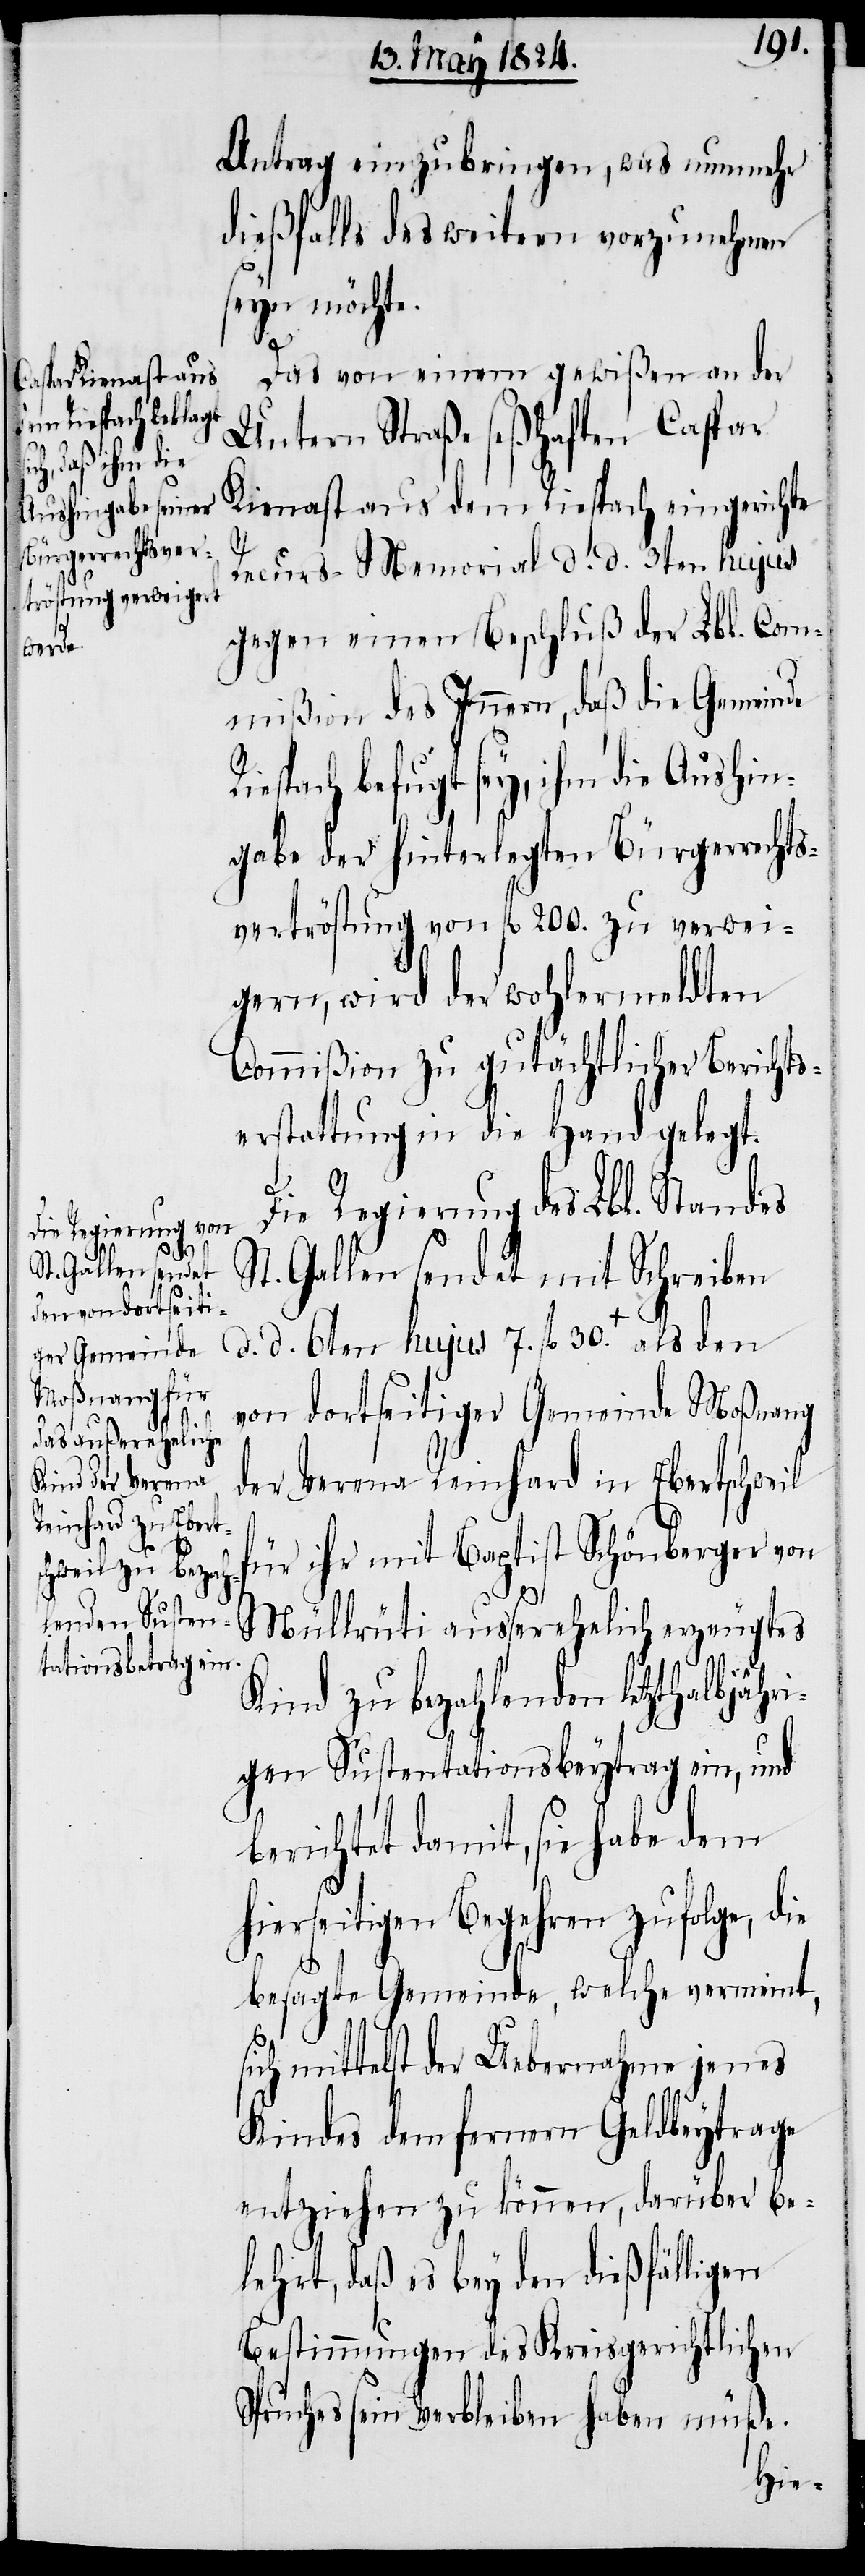
s¬

Antrag einzubringen, was nunmehr
dießfalls des weitern vorzunehmen
seyn möchte.
Das von einigen gewißen an der
Untern Straße seßhaften Caspar
Kienast aus dem Riespach eingereichte
Recurs-Memorial d. d. 3ten hujus
gegen einen Beschluß der Lbl. Com¬
mißion des Innern, daß die Gemeinde
iespach befugt sey, ihm die Aushin¬
gabe der hinterlegten Bürgerrechts¬
vertröstung von fl. 200. zu verwei¬
gern, wird der wohlermeldten
Commißion zu gutächtlicher Berichts¬
erstattung in die Hand gelegt.
Die Regierung des Lbl. Standes
St. Gallen sendet mit Schreiben
d. d. 6ten hujus 7. fl. 30.+ als den
von dortseitiger Gemeinde Moßnang
der Verena Reinhard in Ebertschweil
für ihr mit Baptist Schönberger von
Müllrüti außerehelich erzeugtes
Kind zu bezahlenden letzthalbjähri¬
gen Sustentationsbeytrag ein, und
berichtet damit, sie habe dem
hierseitigen Begehren zufolge, die
besagte Gemeinde, welche vermeint,
ich mittelst der Uebernahme jenes
Kindes dem fernern Geldbeytrage
entziehen zu können, darüber be¬
gehrt, daß es bey den dießfälligen
Bestimmungen des Kreisgerichtlichen
Spruches sein Verbleiben haben müße.